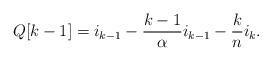
LaTeX: \begin{align*}Q[k-1] &= i_{k-1}- \frac{k-1}{\alpha} i_{k-1} - \frac{k}{n} i_{k}.\end{align*}